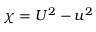
\chi = U ^ { 2 } - u ^ { 2 }